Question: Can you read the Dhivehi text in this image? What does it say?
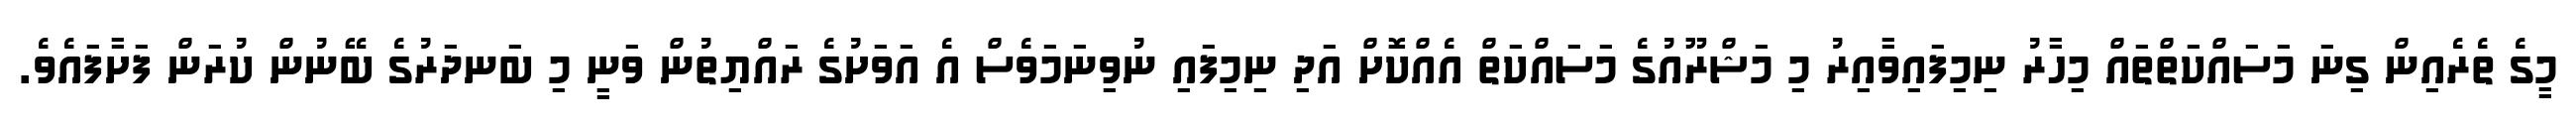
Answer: މީގެ ތެރެއިން ގިނަ މަސައްކަތްތައް މިހާރު ނިމިފައިވާއިރު މި މަޝްރޫއުގެ މަސައްކަތް އެއްކޮށް އަދި ނިމިފައި ނުވިނަމަވެސް އެ އަވަށުގެ ރައްޔިތުން ވަނީ މި ބަނދަރުގެ ބޭނުން ކުރަން ފަށާފައެވެ.